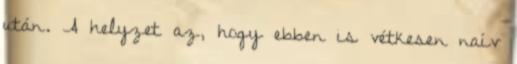
után. A helyzet az, hogy ebben is vétkesen naív